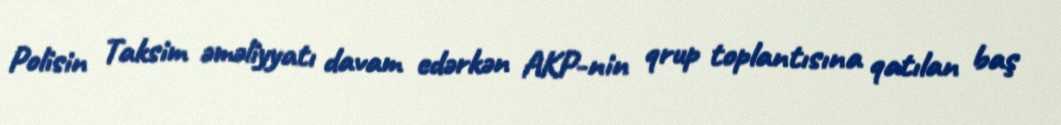
Polisin Taksim əməliyyatı davam edərkən AKP-nin qrup toplantısına qatılan baş